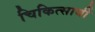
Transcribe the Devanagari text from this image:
चिकित्सार्थी